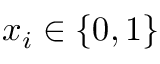
x _ { i } \in \{ 0 , 1 \}